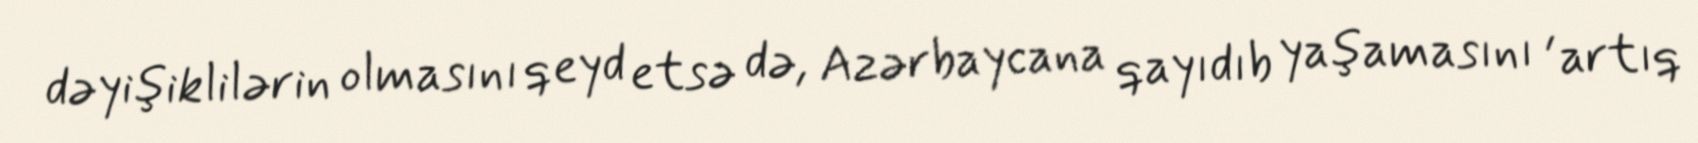
dəyişiklilərin olmasını qeyd etsə də, Azərbaycana qayıdıb yaşamasını , artıq